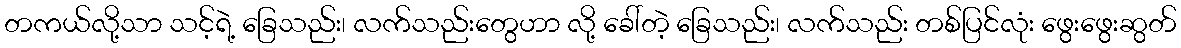
တကယ်လို့သာ သင့်ရဲ့ ခြေသည်း၊ လက်သည်းတွေဟာ လို့ ခေါ်တဲ့ ခြေသည်း၊ လက်သည်း တစ်ပြင်လုံး ဖွေးဖွေးဆွတ်